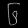
Digit: ၆